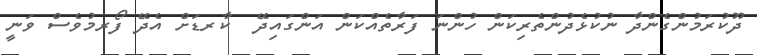
ދޫކުރަމުންގެންދާ ނުކުޅެދުންތެރިކަން ހުންނަ ފަރާތެއްކަން އަންގައިދޭ  ކާރޑަށް އެދޭ ފޯރމުވެސް ވަނީ